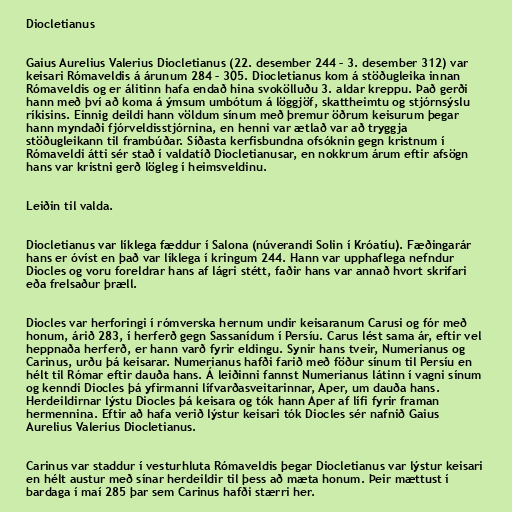
Diocletianus

Gaius Aurelius Valerius Diocletianus (22. desember 244 – 3. desember 312) var
keisari Rómaveldis á árunum 284 – 305. Diocletianus kom á stöðugleika innan
Rómaveldis og er álitinn hafa endað hina svokölluðu 3. aldar kreppu. Það gerði
hann með því að koma á ýmsum umbótum á löggjöf, skattheimtu og stjórnsýslu
ríkisins. Einnig deildi hann völdum sínum með þremur öðrum keisurum þegar
hann myndaði fjórveldisstjórnina, en henni var ætlað var að tryggja
stöðugleikann til frambúðar. Síðasta kerfisbundna ofsóknin gegn kristnum í
Rómaveldi átti sér stað í valdatíð Diocletianusar, en nokkrum árum eftir afsögn
hans var kristni gerð lögleg í heimsveldinu.

Leiðin til valda.

Diocletianus var líklega fæddur í Salona (núverandi Solin í Króatíu). Fæðingarár
hans er óvíst en það var líklega í kringum 244. Hann var upphaflega nefndur
Diocles og voru foreldrar hans af lágri stétt, faðir hans var annað hvort skrifari
eða frelsaður þræll.

Diocles var herforingi í rómverska hernum undir keisaranum Carusi og fór með
honum, árið 283, í herferð gegn Sassanídum í Persíu. Carus lést sama ár, eftir vel
heppnaða herferð, er hann varð fyrir eldingu. Synir hans tveir, Numerianus og
Carinus, urðu þá keisarar. Numerianus hafði farið með föður sínum til Persíu en
hélt til Rómar eftir dauða hans. Á leiðinni fannst Numerianus látinn í vagni sínum
og kenndi Diocles þá yfirmanni lífvarðasveitarinnar, Aper, um dauða hans.
Herdeildirnar lýstu Diocles þá keisara og tók hann Aper af lífi fyrir framan
hermennina. Eftir að hafa verið lýstur keisari tók Diocles sér nafnið Gaius
Aurelius Valerius Diocletianus.

Carinus var staddur í vesturhluta Rómaveldis þegar Diocletianus var lýstur keisari
en hélt austur með sínar herdeildir til þess að mæta honum. Þeir mættust í
bardaga í maí 285 þar sem Carinus hafði stærri her.